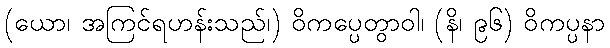
(ယော၊ အကြင်ရဟန်းသည်၊) ဝိကပ္ပေတွာဝါ၊ (နိ၊ ၉၆) ဝိကပ္ပနာ